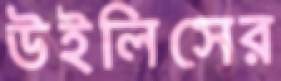
উইলিসের